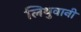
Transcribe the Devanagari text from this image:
लिथुवानी